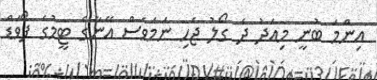
އިންމަ ބުނީ މިއަދު ދެ ގޯލު ޖެހި ނަމަވެސް އޭނާގެ ޓީމުގެ ފޯވަޑް